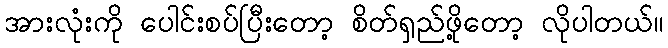
အားလုံးကို ပေါင်းစပ်ပြီးတော့ စိတ်ရှည်ဖို့တော့ လိုပါတယ်။